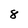
Character: 8